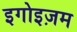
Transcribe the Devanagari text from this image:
इगोइज़म